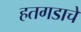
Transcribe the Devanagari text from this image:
हतगडाचे